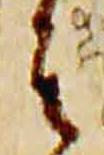
其